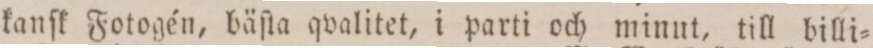
kanſk Fotogén, bäſta qvalitet, i parti och minut, till billi=